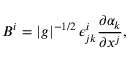
B ^ { i } = | g | ^ { - 1 / 2 } \, \epsilon _ { j k } ^ { i } \frac { \partial \alpha _ { k } } { \partial x ^ { j } } ,